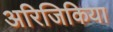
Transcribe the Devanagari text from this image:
अरिजिकिया